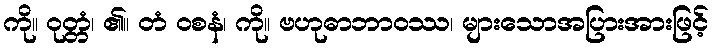
ကို။ ဝုတ္တံ၊ ၏။ တံ ဝစနံ၊ ကို။ ဗဟုဓာဘာဝဿ၊ များသောအပြားအားဖြင့်